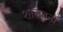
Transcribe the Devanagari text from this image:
शालवनों